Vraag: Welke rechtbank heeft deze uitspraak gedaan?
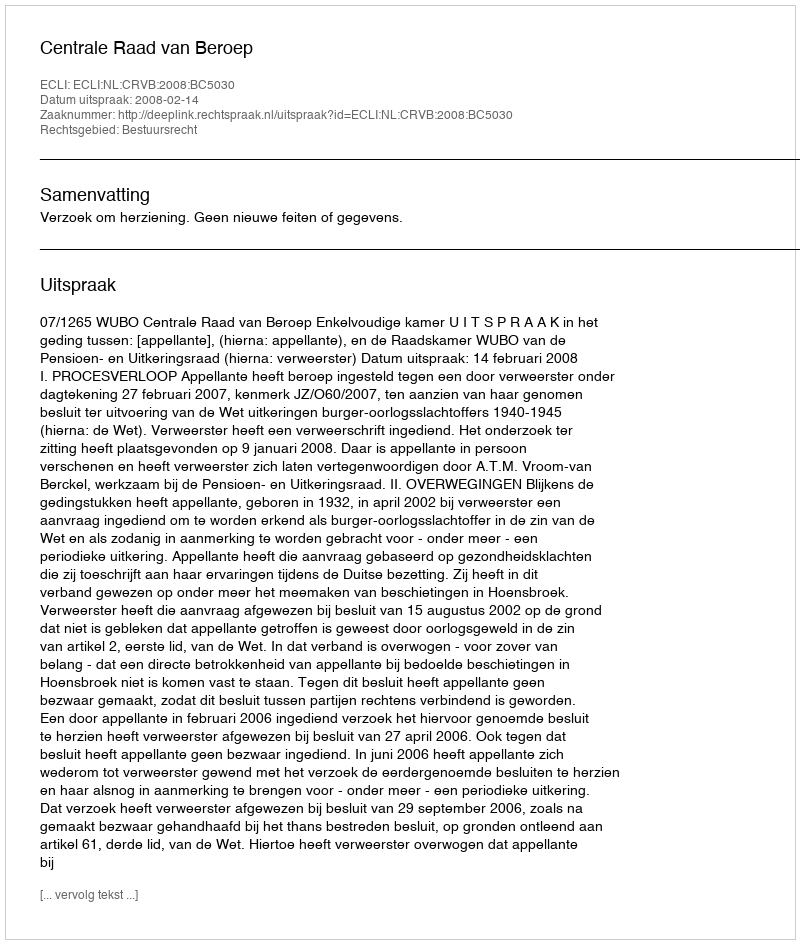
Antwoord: Centrale Raad van Beroep